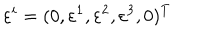
LaTeX: \varepsilon ^ { i } = ( 0 , \varepsilon ^ { 1 } , \varepsilon ^ { 2 } , \varepsilon ^ { 3 } , 0 ) ^ { T }